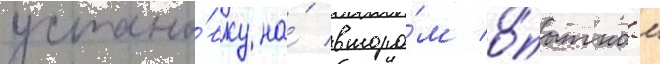
устано́вку на́ второ́м о́пытном